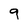
Character: 9